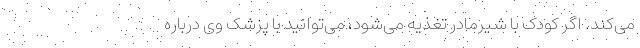
می‌کند. اگر کودک با شیرمادر تغذیه می‌شود، می‌توانید با پزشک وی درباره